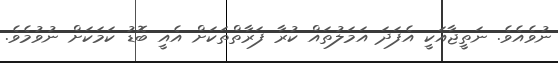
ނުވެއެވެ. ނަތީޖާއަކީ އެފަދަ އަމަލުތައް ކުރާ ފަރާތްތަކަށް އެއީ ބޮޑު ކަމަކަށް ނުވުމެވެ.